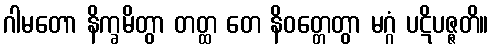
ဂါမတော နိက္ခမိတွာ တတ္ထ တေ နိဝတ္တေတွာ မဂ္ဂံ ပဋိပဇ္ဇတိ။